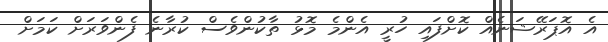
އެ އޮޕަރޭޝަނެއް ކޮށްފައި ހުރީ އެންމެ މޮޅު ތާކުންވެސް ކުރާނެ ފެންވަރަށް ކަމަށް